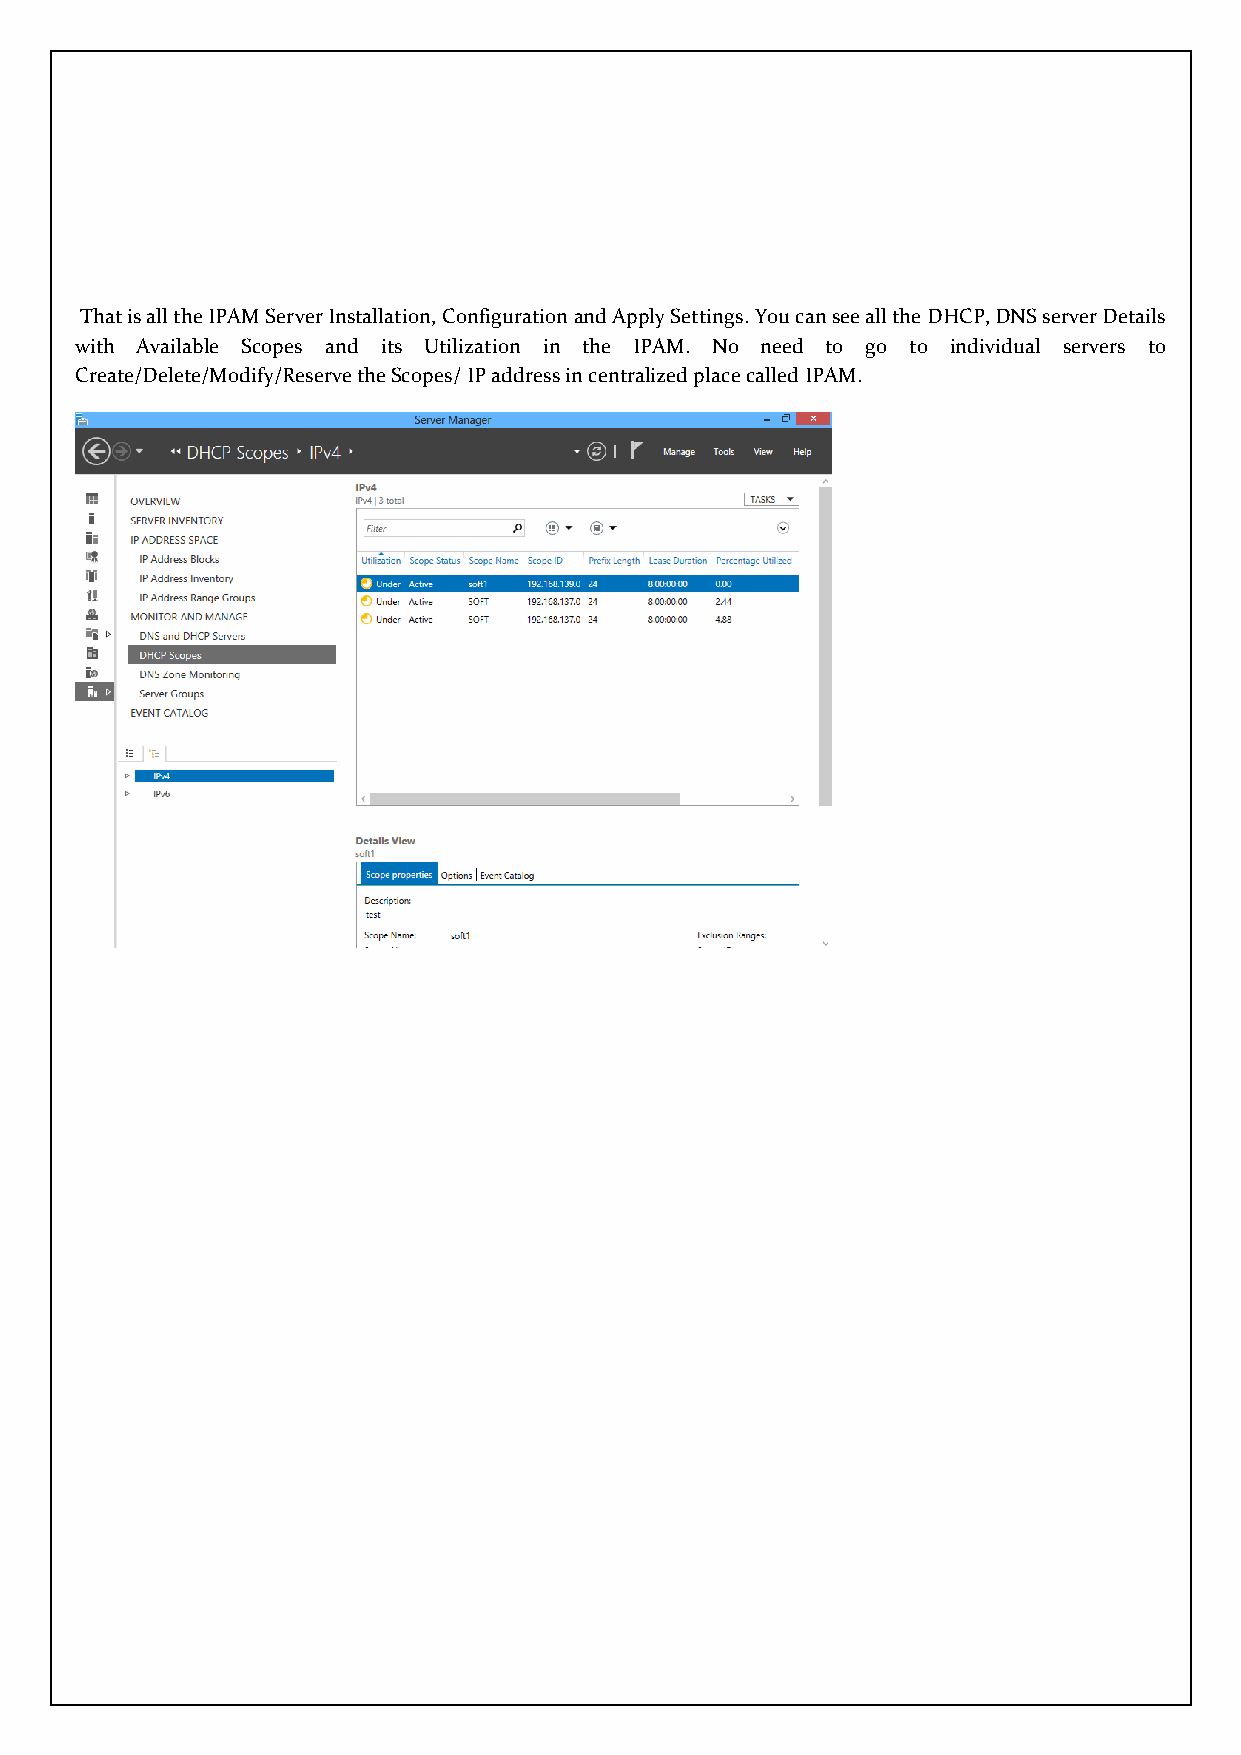
That is all the IPAM Server Installation, Configuration and Apply Settings. You can see all the DHCP, DNS server Details
 with Available Scopes and its Utilization in the IPAM. No need to go to individual servers to
 Create/Delete/Modify/Reserve the Scopes/ IP address in centralized place called IPAM.